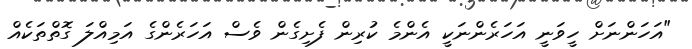
"އަހަންނަށް ހީވަނީ އަހަރެންނަކީ އެންމެ ކުރިން ފެށިގެން ވެސް އަހަރެންގެ އަމިއްލަ ގޮތްތަކެއް